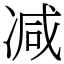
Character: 减